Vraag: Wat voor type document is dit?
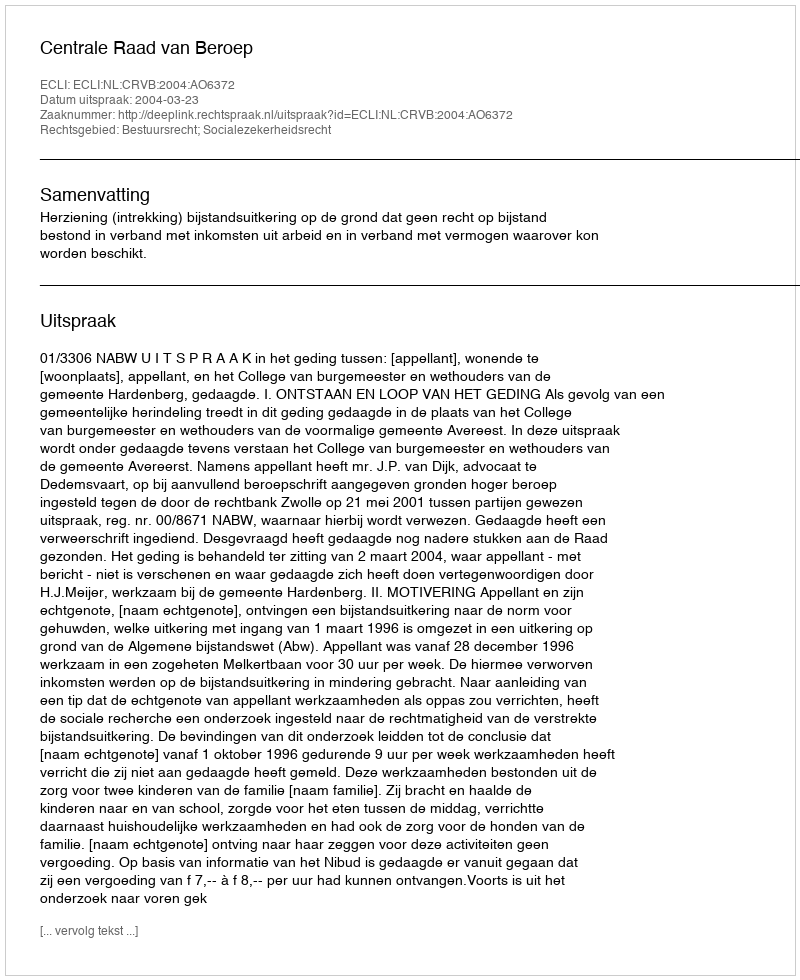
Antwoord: Uitspraak